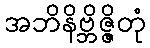
အဘိနိဗ္ဘိဇ္ဇိတုံ